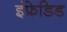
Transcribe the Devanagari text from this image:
इंफ्रेडिड